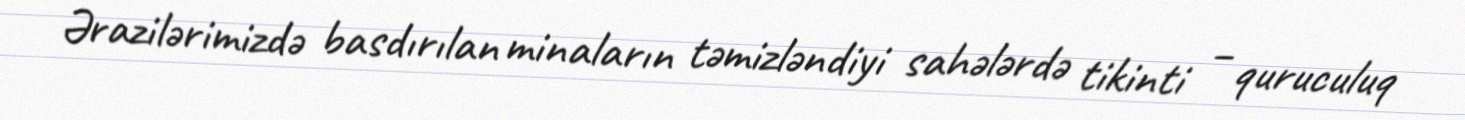
Ərazilərimizdə basdırılan minaların təmizləndiyi sahələrdə tikinti – quruculuq